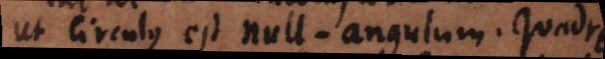
ut circulus est null‐angulum. Quadra